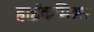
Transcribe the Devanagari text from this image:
हाईकमिश्नर